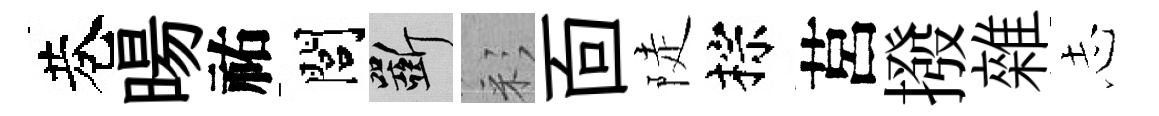
巷暘祐閭斫彩靣陡棕莒撥雜𢖽